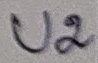
Text: U2